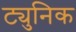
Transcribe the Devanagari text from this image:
ट्युनिक